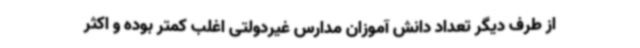
از طرف دیگر تعداد دانش آموزان مدارس غیردولتی اغلب کمتر بوده و اکثر